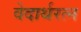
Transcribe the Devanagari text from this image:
वेदार्थरत्न